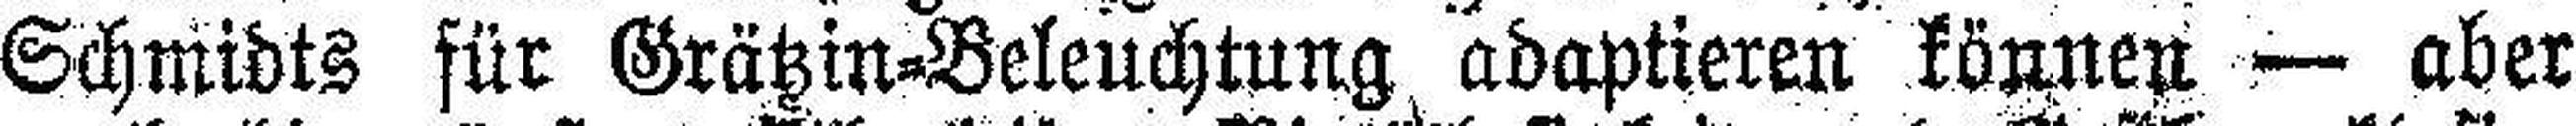
Schmidts für Grätzin=Beleuchtung adaptieren können — aber